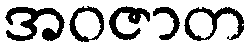
အဝဇာတ